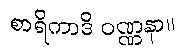
စာရိကာဒိ ဝဏ္ဏနာ။